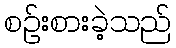
စဉ်းစားခဲ့သည်